画像に写った文字を読んでください
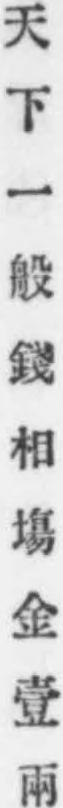
「天下一般錢相塲金壹兩」と書いてあります